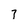
Character: 7